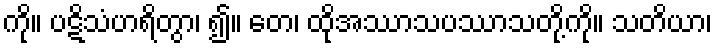
ကို။ ပဋိသံဟရိတွာ၊ ၍။ တေ၊ ထိုအဿာသပဿာသတို့ကို။ သတိယာ၊